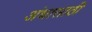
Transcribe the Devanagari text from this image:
अंधासाठी